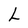
Character: L